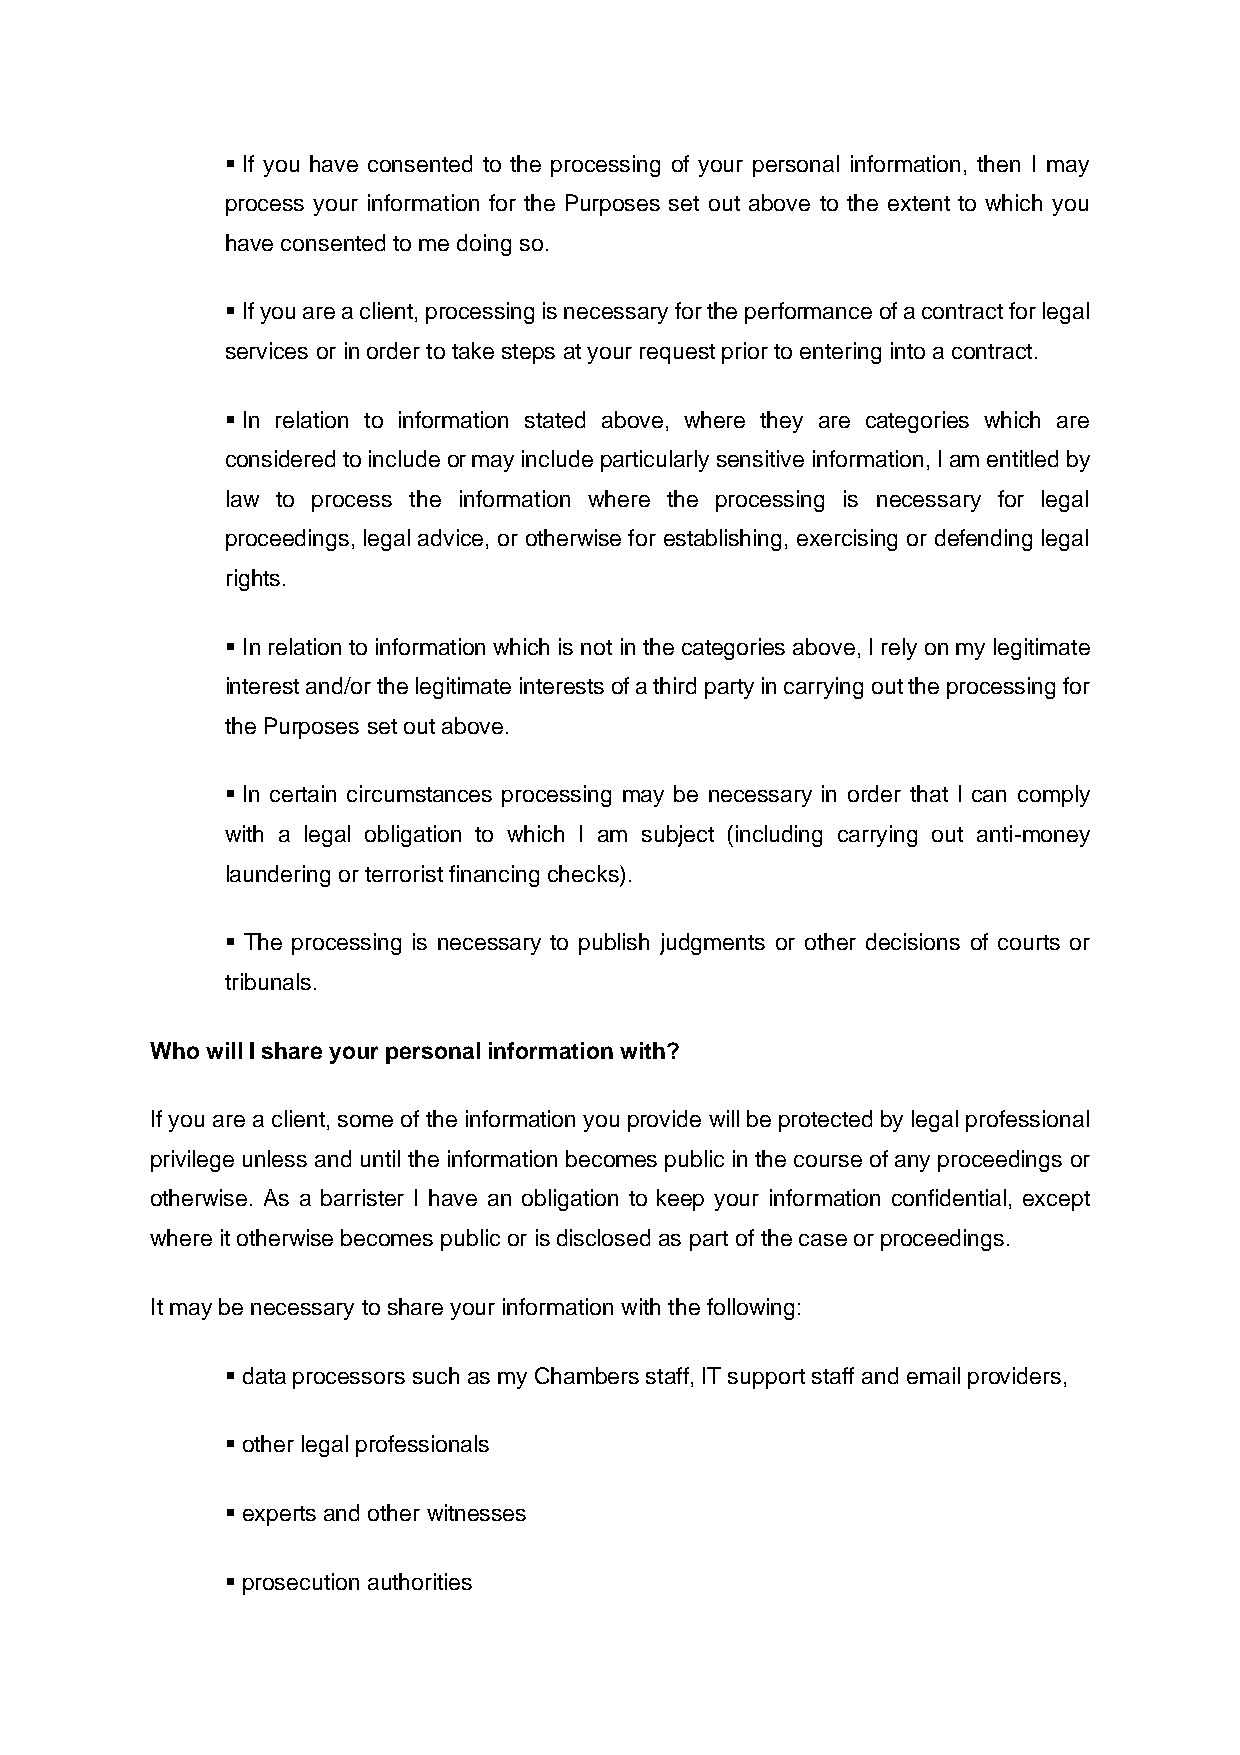
▪ If you have consented to the processing of your personal information, then I may
 process your information for the Purposes set out above to the extent to which you
 have consented to me doing so.
 ▪ If you are a client, processing is necessary for the performance of a contract for legal
 services or in order to take steps at your request prior to entering into a contract.
 ▪ In relation to information stated above, where they are categories which are
 considered to include or may include particularly sensitive information, I am entitled by
 law to process the information where the processing is necessary for legal
 proceedings, legal advice, or otherwise for establishing, exercising or defending legal
 rights.
 ▪ In relation to information which is not in the categories above, I rely on my legitimate
 interest and/or the legitimate interests of a third party in carrying out the processing for
 the Purposes set out above.
 ▪ In certain circumstances processing may be necessary in order that I can comply
 with a legal obligation to which I am subject (including carrying out anti-money
 laundering or terrorist financing checks).
 ▪ The processing is necessary to publish judgments or other decisions of courts or
 tribunals.
 Who will I share your personal information with?
 If you are a client, some of the information you provide will be protected by legal professional
 privilege unless and until the information becomes public in the course of any proceedings or
 otherwise. As a barrister I have an obligation to keep your information confidential, except
 where it otherwise becomes public or is disclosed as part of the case or proceedings.
 It may be necessary to share your information with the following:
 ▪ data processors such as my Chambers staff, IT support staff and email providers,
 ▪ other legal professionals
 ▪ experts and other witnesses
 ▪ prosecution authorities